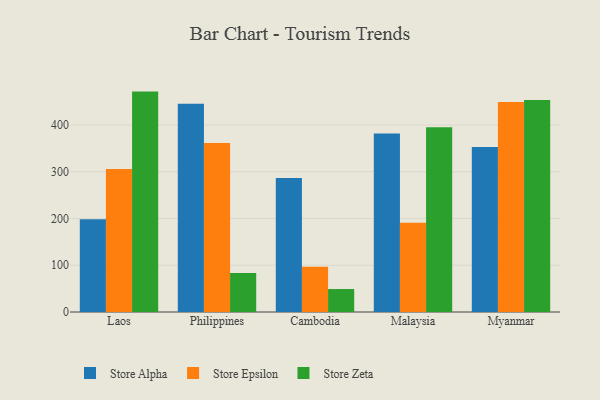
{"axis": {"x": "Country", "y": "Website Visitors"}, "legend": ["Store Alpha", "Store Epsilon", "Store Zeta"], "data": [{"x": "Laos", "y": 198.4, "type": "Store Alpha"}, {"x": "Laos", "y": 305.7, "type": "Store Epsilon"}, {"x": "Laos", "y": 471.5, "type": "Store Zeta"}, {"x": "Philippines", "y": 445.3, "type": "Store Alpha"}, {"x": "Philippines", "y": 361.3, "type": "Store Epsilon"}, {"x": "Philippines", "y": 83.5, "type": "Store Zeta"}, {"x": "Cambodia", "y": 286.4, "type": "Store Alpha"}, {"x": "Cambodia", "y": 96.8, "type": "Store Epsilon"}, {"x": "Cambodia", "y": 49.1, "type": "Store Zeta"}, {"x": "Malaysia", "y": 381.8, "type": "Store Alpha"}, {"x": "Malaysia", "y": 190.9, "type": "Store Epsilon"}, {"x": "Malaysia", "y": 395.1, "type": "Store Zeta"}, {"x": "Myanmar", "y": 352.9, "type": "Store Alpha"}, {"x": "Myanmar", "y": 449.4, "type": "Store Epsilon"}, {"x": "Myanmar", "y": 453.5, "type": "Store Zeta"}]}